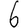
Digit: 6